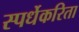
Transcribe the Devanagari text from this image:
स्पर्धेकरिता